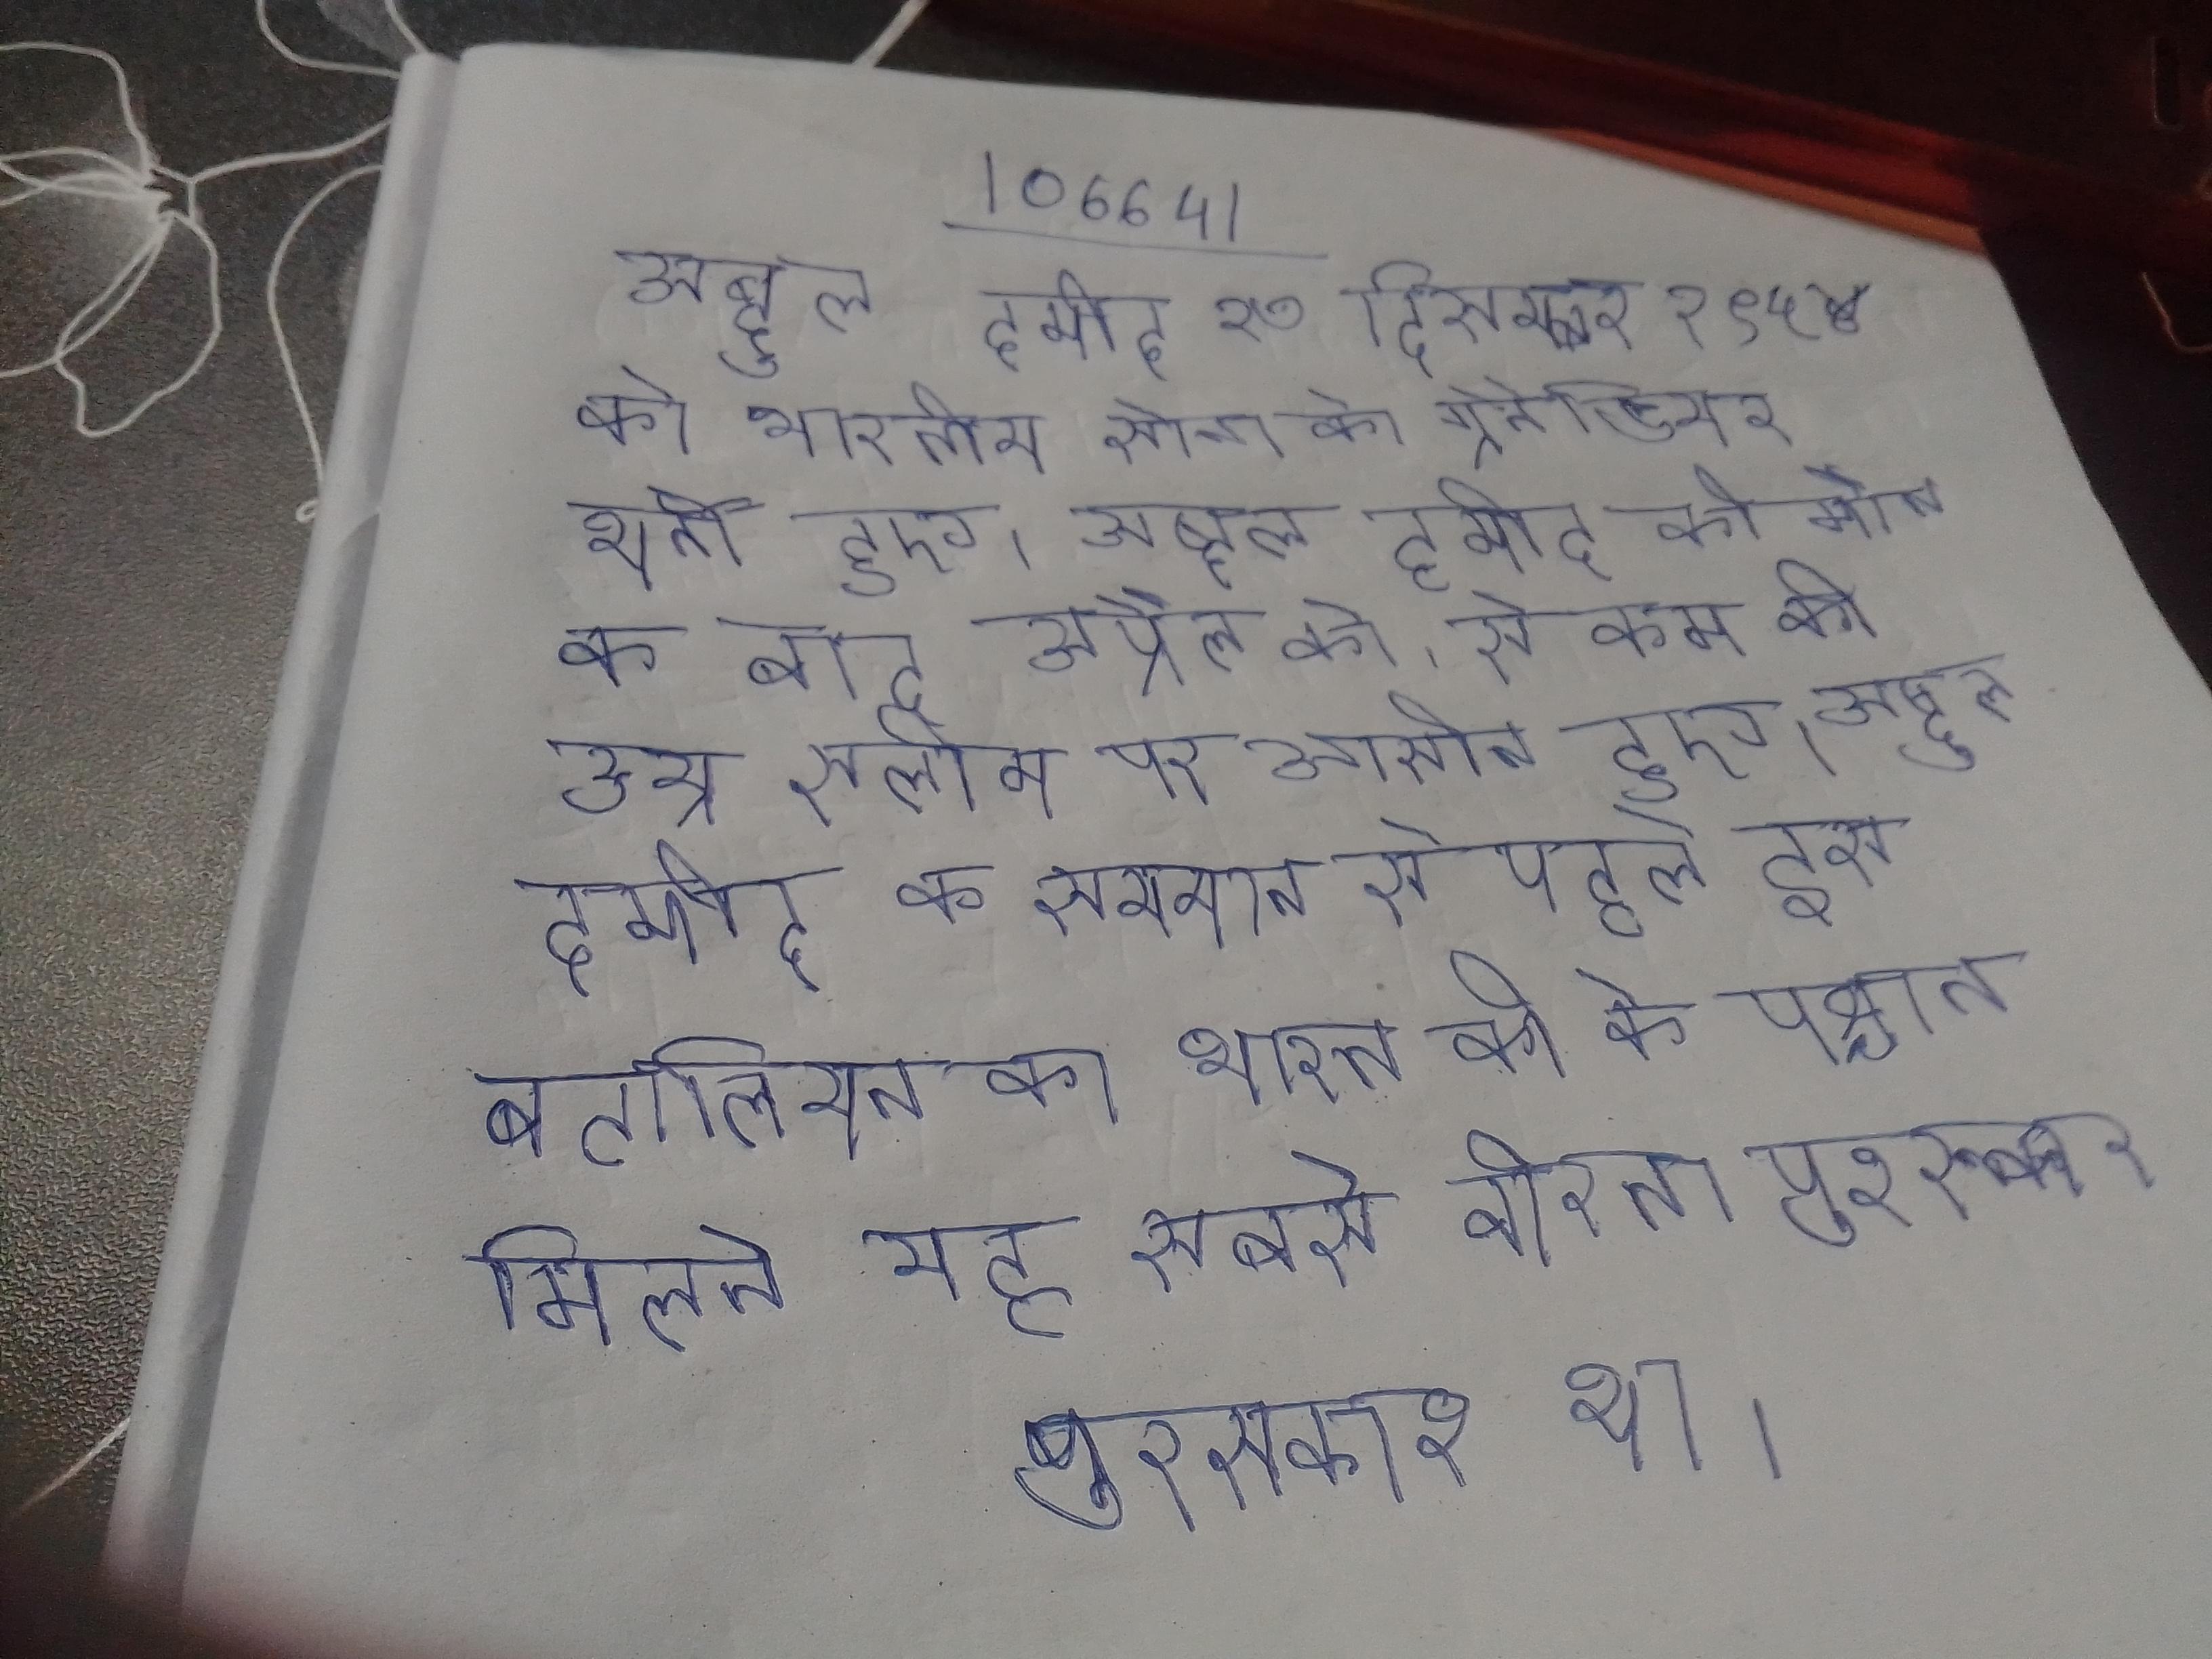
अब्दुल हमीद २७ दिसम्बर १९५४ को भारतीय सेना के ग्रेनेडियर भर्ती हुए । अब्दुल हमीद की मौत के बाद अप्रैल को, से कम की उम्र सलीम पर आसीन हुए । अब्दुल हमीद के सम्मान से पहले इस बटालियन को भारत की के पश्चात मिलने यह सबसे वीरता पुरस्कार था ।